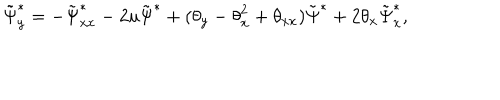
\tilde { \Psi } _ { y } ^ { * } = - \tilde { \Psi } _ { x x } ^ { * } - 2 u \tilde { \Psi } ^ { * } + ( { \theta } _ { y } - { \theta } _ { x } ^ { 2 } + { \theta } _ { x x } ) \tilde { \Psi } ^ { * } + 2 { \theta } _ { x } \tilde { \Psi } _ { x } ^ { * } ,